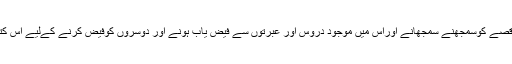
ڈاکٹر صاحب نےاس قصے کوسمجھنے سمجھانے اوراس میں موجود دروس اور عبرتوں سے فیض یاب ہونے اور دوسروں کوفیض کرنے کےلیے اس کتا ب کومرتب کیا ہے۔